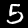
Label: 5